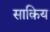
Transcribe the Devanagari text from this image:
साक़िय